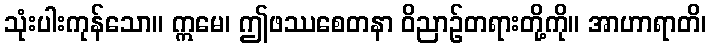
သုံးပါးကုန်သော။ ဣမေ၊ ဤဖဿစေတနာ ဝိညာဉ်တရားတို့ကို။ အာဟာရာတိ၊